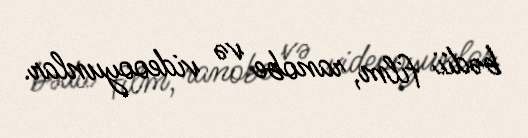
bədii film, ranobe və videooyunlar.